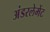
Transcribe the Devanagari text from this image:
अंडरलेमेंट